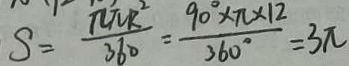
S = \frac { \pi \pi R ^ { 2 } } { 3 6 0 ^ { \circ } } = \frac { 9 0 ^ { \circ } \times \pi \times 1 2 } { 3 6 0 ^ { \circ } } = 3 \pi